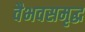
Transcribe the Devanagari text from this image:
वैभवसमृद्ध